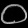
Digit: ၀